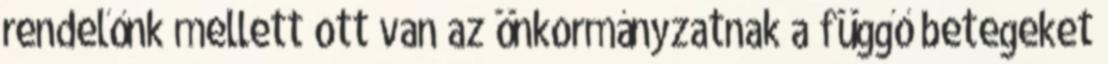
rendelőnk mellett ott van az önkormányzatnak a függő betegeket